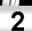
Digit: 2